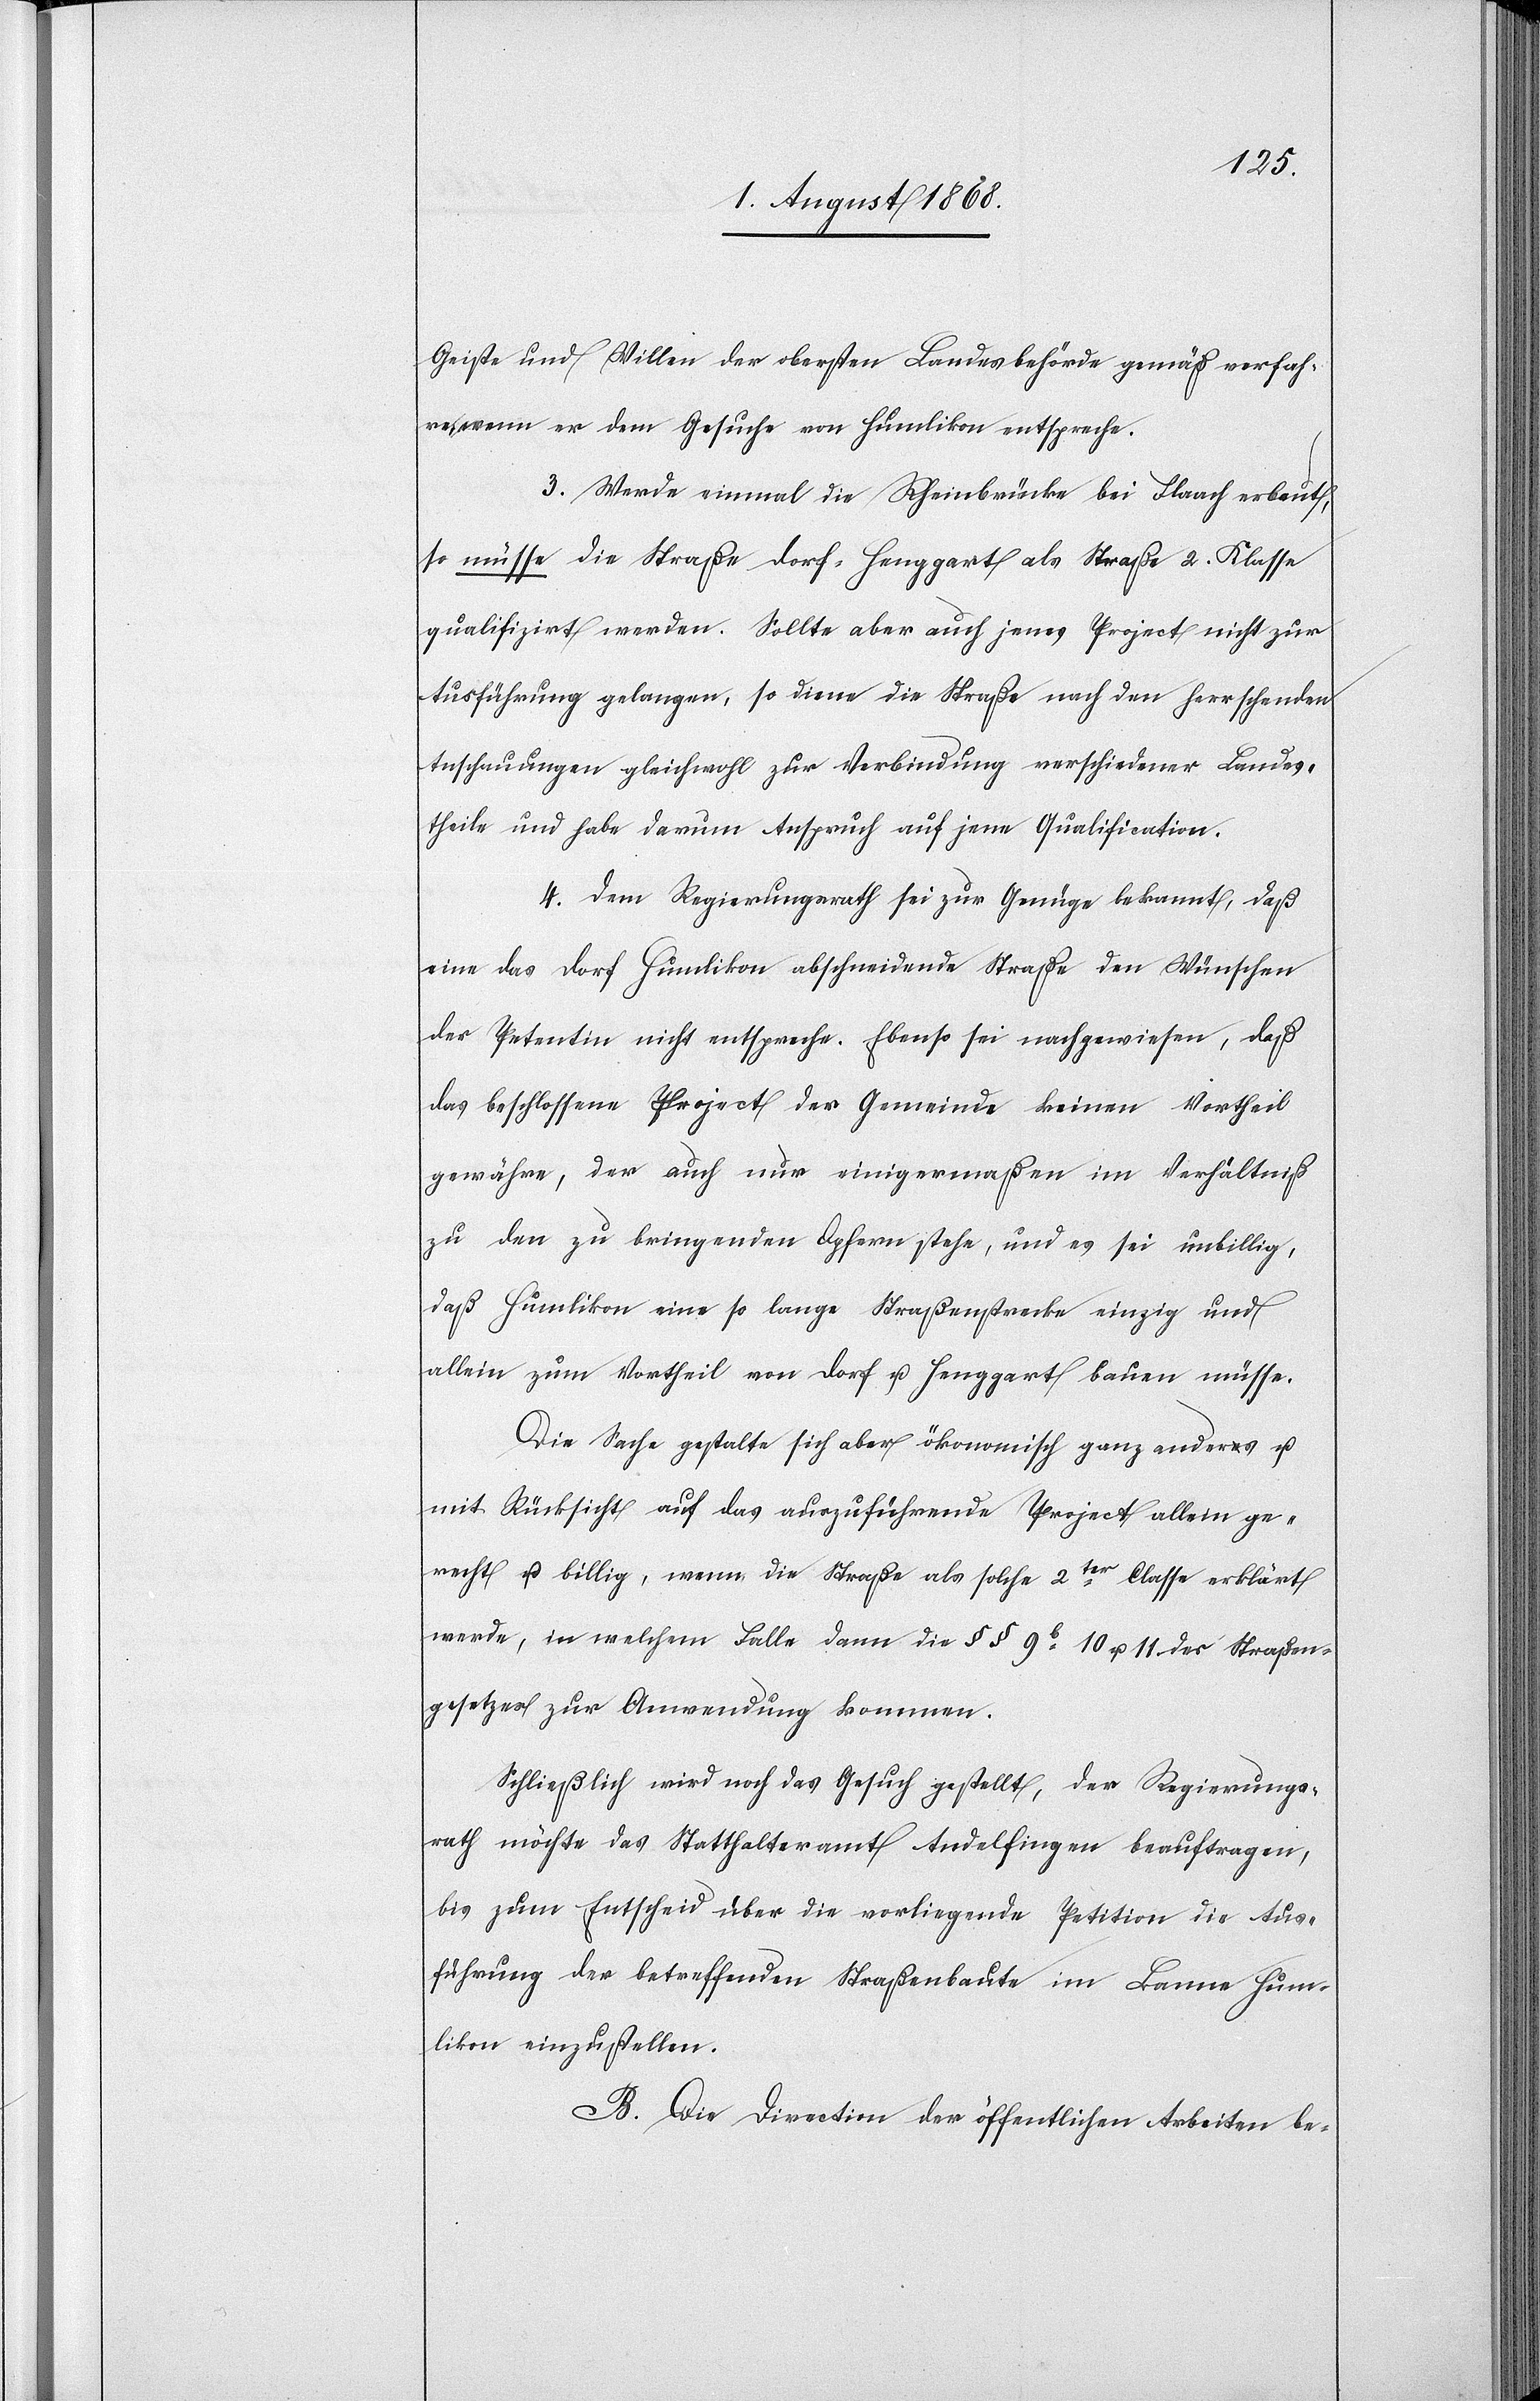
Geiste und Willen der obersten Landesbehörde gemäß verfah¬
re, wenn er dem Gesuche von Humlikon entspreche.
3. Werde einmal die Rheinbrücke bei Flaach erbaut,
so müsse die Straße Dorf–Henggart als Straße 2. Klasse
qualifizirt werden. Sollte aber auch jenes Projekt nicht zur
Ausführung gelangen, so diene die Straße nach den herrschenden
Anschauungen gleichwohl zur Verbindung verschiedener Landes¬
theile und habe darum Anspruch auf jene Qualification.
4. Dem Regierungsrath sei zur Genüge bekannt, daß
eine das Dorf Humlikon abschneidende Straße den Wünschen
der Petentin nicht entspreche. Ebenso sei nachgewiesen, daß
das beschlossene Projekt der Gemeinde keinen Vortheil
gewähre, der auch nur einigermaßen im Verhältniß
zu den zu bringenden Opfern stehe, und es sei unbillig,
daß Humlikon eine so lange Straßenstrecke einzig und
allein zum Vortheil von Dorf u. Henggart bauen müsse.
Die Sache gestalte sich aber ökonomisch ganz anders u.
mit Rücksicht auf das auszuführende Projekt allein ge¬
recht u. billig, wenn die Straße als solche 2ter Classe erklärt
werde, in welchem Falle dann die §§ 9b[,] 10 u. 11 des Straßen¬
gesetzes zur Anwendung kommen.
Schließlich wird noch das Gesuch gestellt, der Regierungs¬
rath möchte das Statthalteramt Andelfingen beauftragen,
bis zum Entscheid über die vorliegende Petition die Aus¬
führung der betreffenden Straßenbaute im Banne Hum¬
likon einzustellen.
B. Die Direction der öffentlichen Arbeiten be-